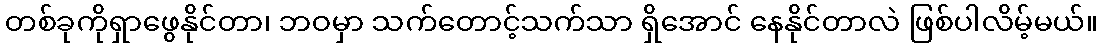
တစ်ခုကိုရှာဖွေနိုင်တာ၊ ဘဝမှာ သက်တောင့်သက်သာ ရှိအောင် နေနိုင်တာလဲ ဖြစ်ပါလိမ့်မယ်။